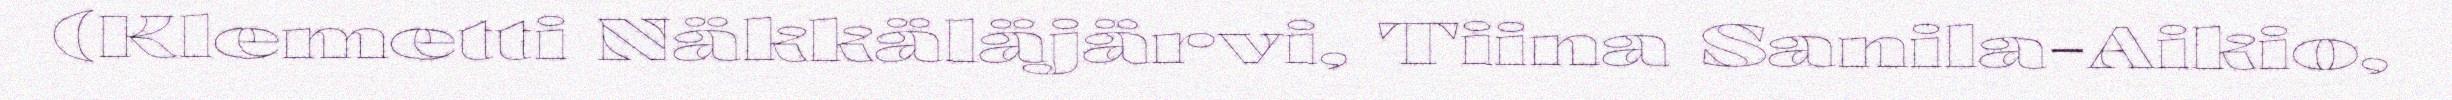
(Klemetti Näkkäläjärvi, Tiina Sanila-Aikio,